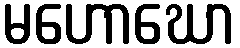
မဟောဃော